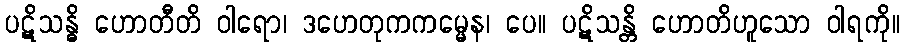
ပဋိသန္ဓိ ဟောတီတိ ဝါရော၊ ဒဟေတုကကမ္မေန၊ ပေ။ ပဋိသန္တိ ဟောတိဟူသော ဝါရကို။